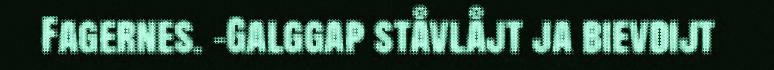
Fagernes. -Galggap ståvlåjt ja bievdijt